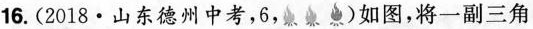
16.(2018·山东德州中考，6，)如图，将一副三角